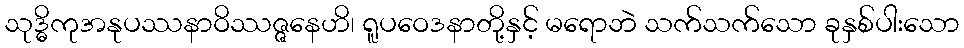
သုဒ္ဓိကုအနုပဿနာဝိဿဇ္ဇနေဟိ၊ ရူပဝေဒနာတို့နှင့် မရောဘဲ သက်သက်သော ခုနှစ်ပါးသော